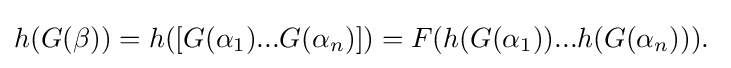
h(G(\beta ))=h([G(\alpha _{1})...G(\alpha _{n})])=F(h(G(\alpha _{1}))...h(G(\alpha _{n}))).\;